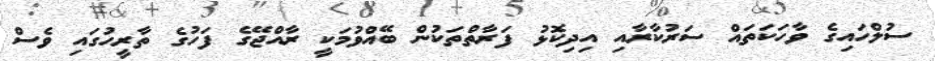
ސުލްހައިގެ ވާހަކަތައް ސަރުކާރާއި އިދިކޮޅު ފަރާތްތަކުން ބޭއްވުމަކީ ރާއްޖޭގެ ފަހުގެ ތާރީހުގައި ވެސް